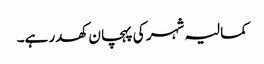
کمالیہ شہر کی پہچان کھدر ہے۔